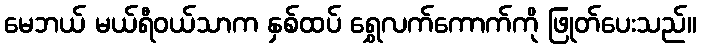
မေဘယ် မယ်ရီဝယ်သာက နှစ်ထပ် ရွှေလက်ကောက်ကို ဖြုတ်ပေးသည်။